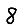
Digit: 8